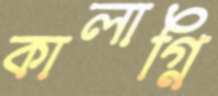
কালাগ্নি